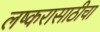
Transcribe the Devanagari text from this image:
लष्करासाठीचा